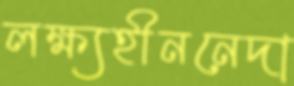
লক্ষ্যহীননেদা